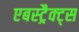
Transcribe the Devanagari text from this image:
एबस्ट्रैक्ट्स